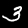
Digit: 3